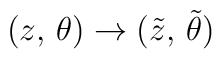
(z,\,\theta)\rightarrow ({\tilde z},\,{\tilde \theta})